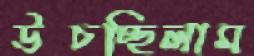
উপ্‌চচ্ছিলাম